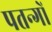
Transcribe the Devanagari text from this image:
पतन्‍गों